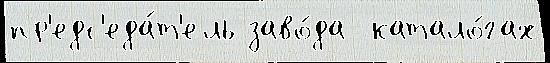
пр'едс'еда́т'ель заво́да  катало́гах